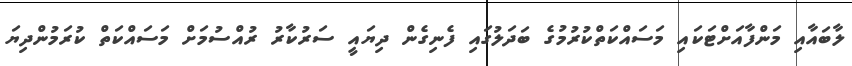
ލާބައާއި މަންފާއަށްޓަކައި މަސައްކަތްކުރުމުގެ ބަދަލުގައި ފެނިގެން ދިޔައީ ސަރުކާރު ރުއްސުމަށް މަސައްކަތް ކުރަމުންދިޔަ